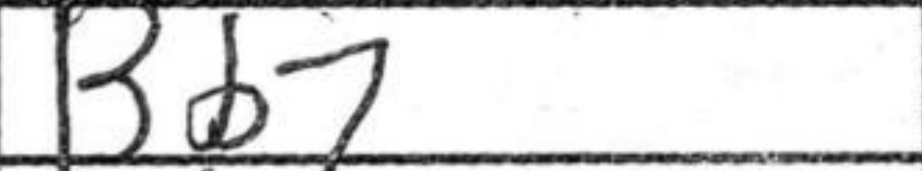
Transcription: Bb7